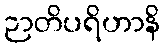
ဉာတိပရိဟာနိ